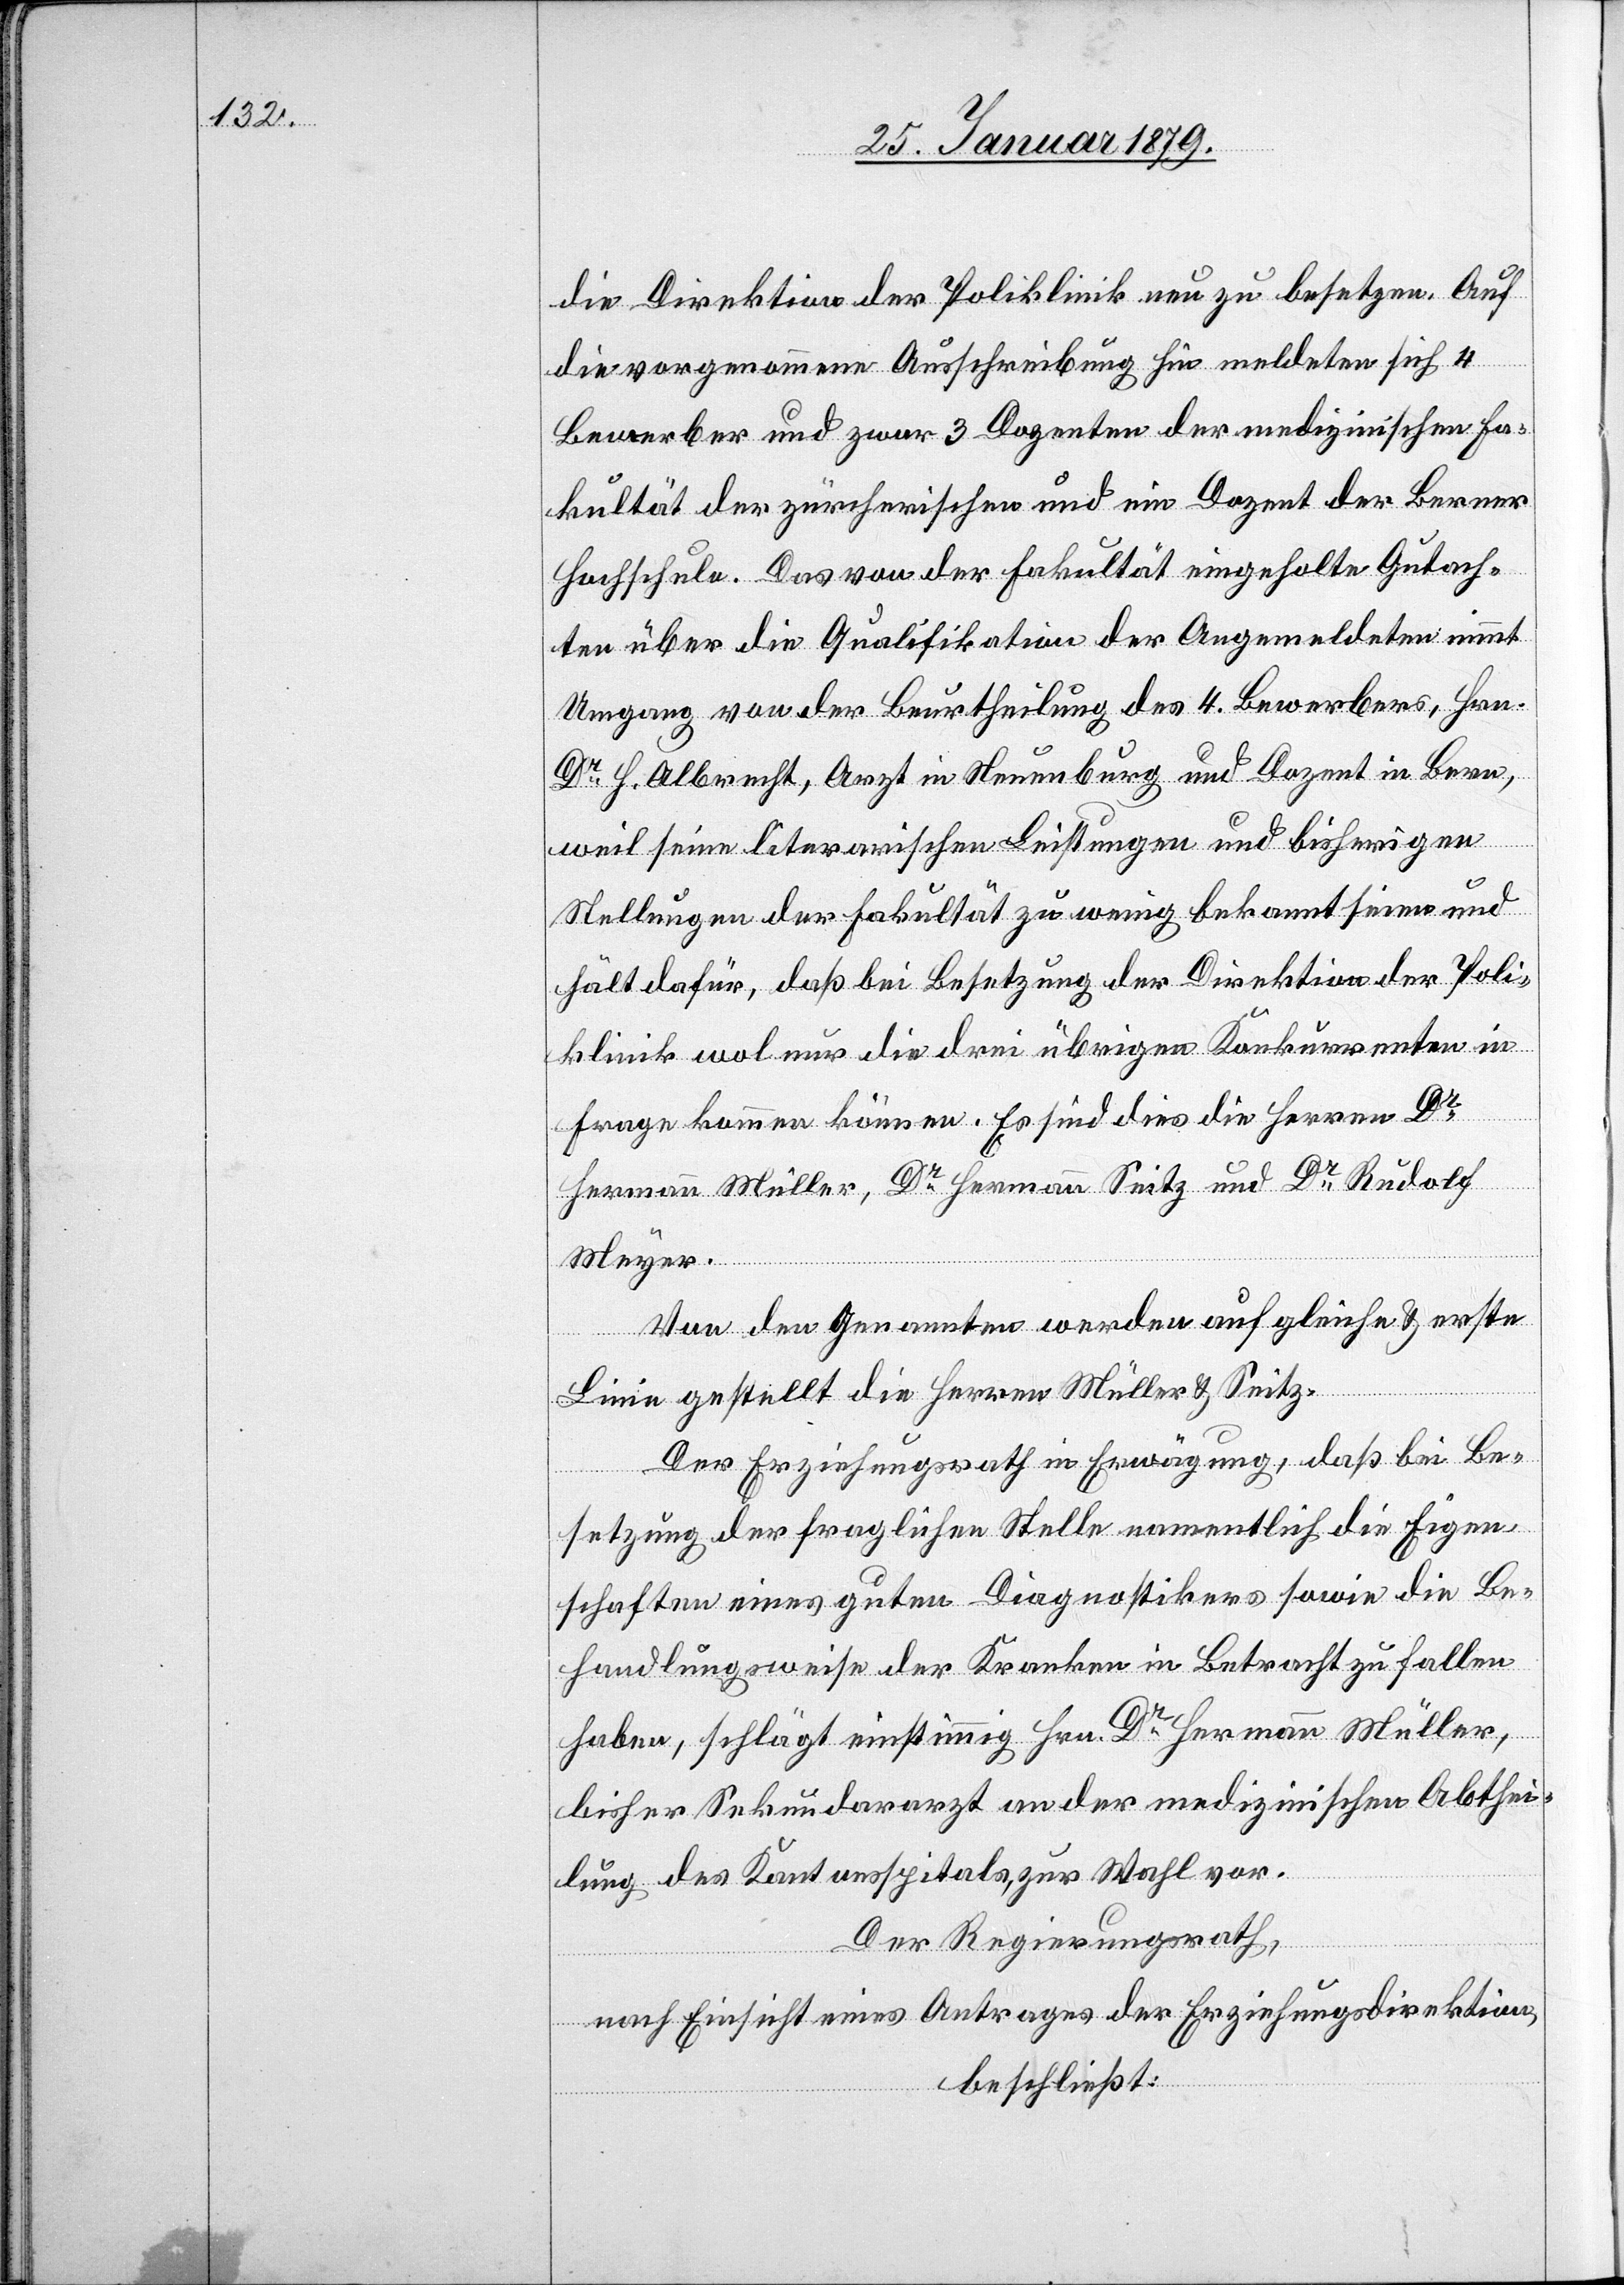
die Direktion der Poliklinik neu zu besetzen. Auf
die vorgenommene Ausschreibung hin meldeten sich 4
Bewerber und zwar 3 Dozenten der medizinischen Fa¬
kultät der zürcherischen und ein Dozent der Berner
Hochschule. Das von der Fakultät eingeholte Gutach¬
ten über die Qualifikation der Angemeldeten nimmt
Umgang von der Beurtheilung des 4. Bewerbers, Hrn.
Dr H. Albrecht, Arzt in Neuenburg und Dozent in Bern,
weil seine literarischen Leistungen und bisherigen
Stellungen der Fakultät zu wenig bekannt seien und
hält dafür, daß bei Besetzung der Direktion der Poli¬
klinik wol nur die drei übrigen Konkurrenten in
Frage kommen können. Es sind dies die Herren Dr
Hermann Müller, Dr Hermann Seitz und Dr Rudolf
Meyer.
Von den Genannten werden auf gleiche & erste
Linie gestellt die Herren Müller & Seitz.
Der Erziehungsrath in Erwägung, daß bei Be¬
setzung der fraglichen Stelle namentlich die Eigen¬
schaften eines guten Diagnostikers sowie die Be¬
handlungsweise der Kranken in Betracht zu fallen
haben, schlägt einstimmig Hrn. Dr Hermann Müller,
bisher Sekundararzt an der medizinischen Abthei¬
lung des Kantonsspitals, zur Wahl vor.
Der Regierungsrath,
nach Einsicht eines Antrages der Erziehungsdirektion,
beschließt: